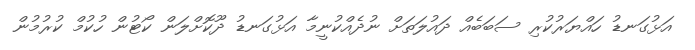
އަޅުގަނޑު ހައްޔަރުކުރި ސަބަބެއް ދައުލަތަށް ނުދެއްކުނީމާ އަޅުގަނޑު ދޫކޮށްލަން ކޯޓުން ހުކުމް ކުރުމުން